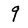
Character: 9